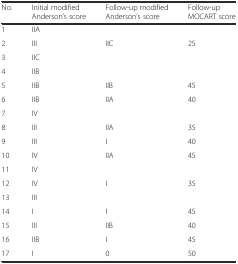
<table><thead><tr><td><b>No.</b></td><td><b>Initial modified Anderson’s score</b></td><td><b>Follow-up modified Anderson’s score</b></td><td><b>Follow-up MOCART score</b></td></tr></thead><tbody><tr><td>1</td><td>IIA</td><td></td><td></td></tr><tr><td>2</td><td>III</td><td>IIC</td><td>25</td></tr><tr><td>3</td><td>IIC</td><td></td><td></td></tr><tr><td>4</td><td>IIB</td><td></td><td></td></tr><tr><td>5</td><td>IIB</td><td>IIB</td><td>45</td></tr><tr><td>6</td><td>IIB</td><td>IIA</td><td>40</td></tr><tr><td>7</td><td>IV</td><td></td><td></td></tr><tr><td>8</td><td>III</td><td>IIA</td><td>35</td></tr><tr><td>9</td><td>III</td><td>I</td><td>40</td></tr><tr><td>10</td><td>IV</td><td>IIA</td><td>45</td></tr><tr><td>11</td><td>IV</td><td></td><td></td></tr><tr><td>12</td><td>IV</td><td>I</td><td>35</td></tr><tr><td>13</td><td>III</td><td></td><td></td></tr><tr><td>14</td><td>I</td><td>I</td><td>45</td></tr><tr><td>15</td><td>III</td><td>IIB</td><td>40</td></tr><tr><td>16</td><td>IIB</td><td>I</td><td>45</td></tr><tr><td>17</td><td>I</td><td>0</td><td>50</td></tr></tbody></table>